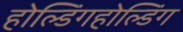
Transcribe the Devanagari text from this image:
होल्डिंगहोल्डिंग